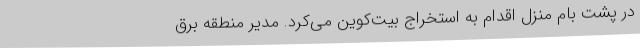
در پشت بام منزل اقدام به استخراج بیت‌کوین می‌کرد. مدیر منطقه برق